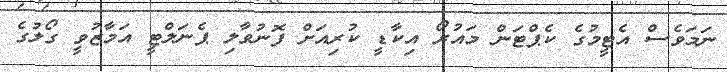
ނަމަވެސް އެޓީމުގެ ކެޕްޓަން މައުރޯ އިކާޑީ ކުރިއަށް ފޮނުވާލި ޕެނަލްޓީ އަމާޒުވީ ގޯލުގެ